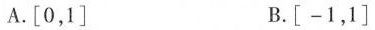
A.\left[0，1\right] B.\left[-1，1\right]